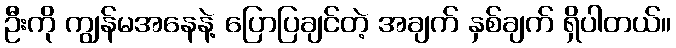
ဦးကို ကျွန်မအနေနဲ့ ပြောပြချင်တဲ့ အချက် နှစ်ချက် ရှိပါတယ်။